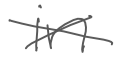
Text: in
Cross-out: cross
Writing tool: digital_gray